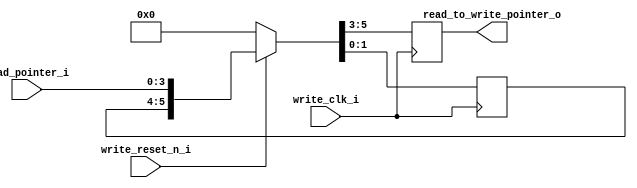
module read_to_write_syn #(
        parameter address_size = 3                               //kich thuoc dia chi
    )
    (
        input [address_size:0] read_pointer_i                   , //con tro doc
        input write_clk_i                                       , //xung clk mien ghi
        input write_reset_n_i                                   , //reset mien ghi
        output reg [address_size - 1:0] read_to_write_pointer_o   //con tro dong bo tu mien doc sang mien ghi
    );
    
    reg [address_size - 1:0] tmp_read_to_write                  ; //bien tam de thuc hien dong do 2ff
    
    always @(posedge write_clk_i)
    begin
        if (~write_reset_n_i)
            {read_to_write_pointer_o, tmp_read_to_write} <= 0     ;
        else
            {read_to_write_pointer_o, tmp_read_to_write} <= 
            {tmp_read_to_write, read_pointer_i}                 ; //dong bo tin hieu tu mien doc sang mien ghi
    end
    
endmodule